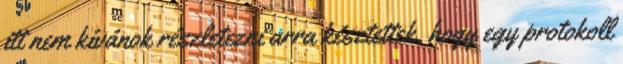
itt nem kívánok részletezni arra késztettek, hogy egy protokoll